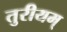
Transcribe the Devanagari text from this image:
तुरीयम्‌